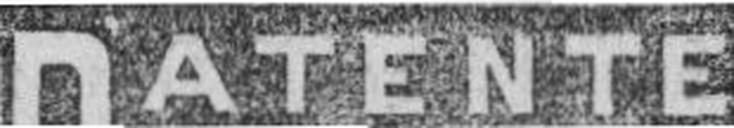
PATENTE